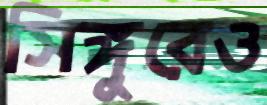
সিঙ্গুরেও